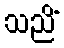
သညိံ